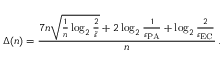
\Delta ( n ) = \frac { 7 n \sqrt { \frac { 1 } { n } \log _ { 2 } \frac { 2 } { \Tilde { \varepsilon } } } + 2 \log _ { 2 } \frac { 1 } { \varepsilon _ { \mathrm { P A } } } + \log _ { 2 } \frac { 2 } { \varepsilon _ { \mathrm { E C } } } } { n } \, .